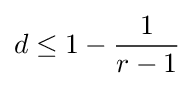
d\leq 1-{\frac {1}{r-1}}